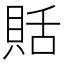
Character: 𧵳